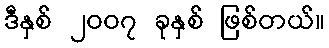
ဒီနှစ် ၂၀၀၇ ခုနှစ် ဖြစ်တယ်။